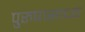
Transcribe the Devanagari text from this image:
पुरुषासाध्य